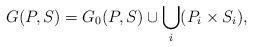
LaTeX: \begin{align*} G(P,S) = G_0(P,S) \cup \bigcup_i (P_i\times S_i) ,\end{align*}